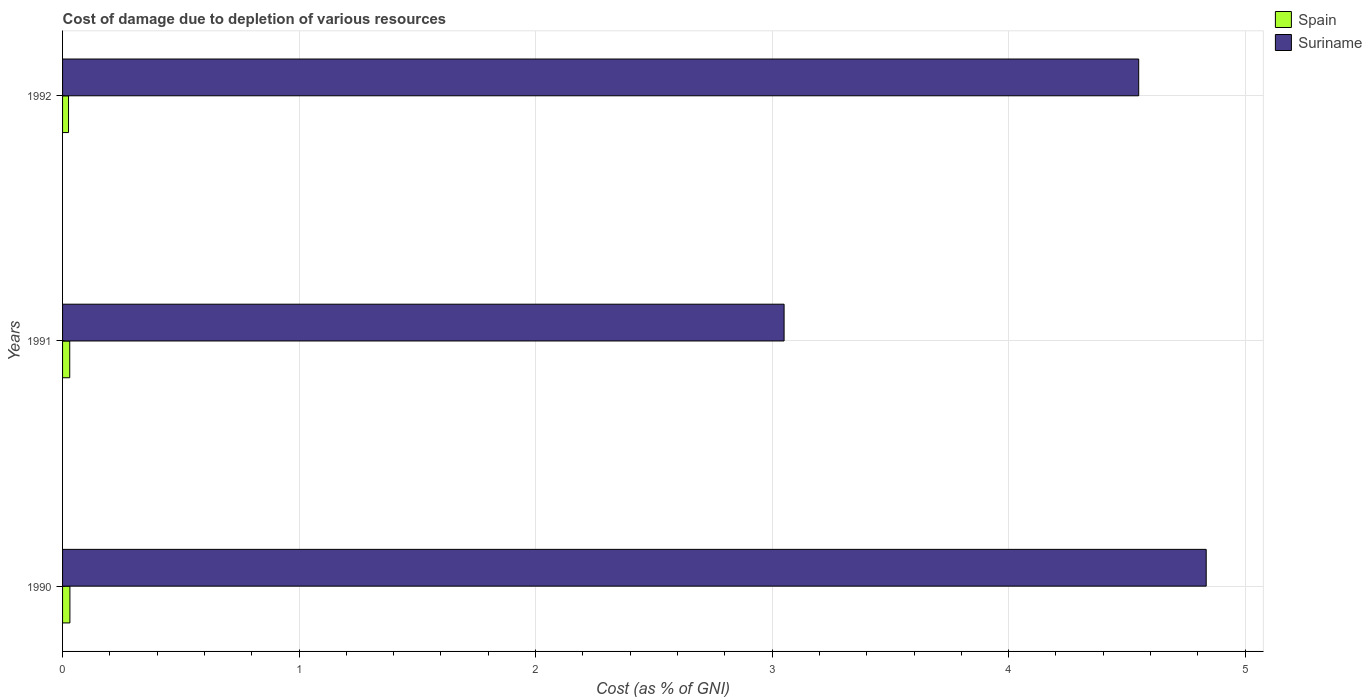
| Years | Spain | Suriname |
 | --- | --- | --- |
 | 1990 | 0.031 | 4.84 |
 | 1991 | 0.0303 | 3.05 |
 | 1992 | 0.0253 | 4.55 |